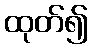
ထုတ်၍